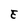
Character: E